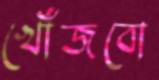
খোঁজবো